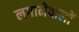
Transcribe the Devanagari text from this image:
लगानेवालों